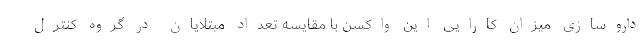
داروسازی میزان کارایی این واکسن با مقایسه تعداد مبتلایان در گروه کنترل